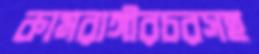
কামরাঙ্গীরচরসহ